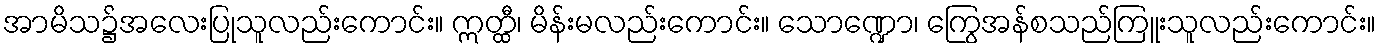
အာမိသ၌အလေးပြုသူလည်းကောင်း။ ဣတ္ထီ၊ မိန်းမလည်းကောင်း။ သောဏ္ဍော၊ ကြွေအန်စသည်ကြူးသူလည်းကောင်း။